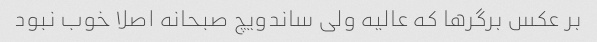
بر عکس برگر‌ها که عالیه ولی ساندویچ صبحانه اصلا خوب نبود